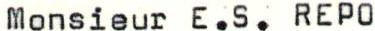
Monsieur E.S. REPO